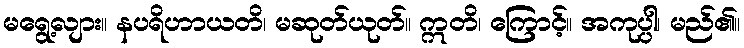
မရွေ့လျား။ နပရိဟာယတိ၊ မဆုတ်ယုတ်။ ဣတိ၊ ကြောင့်။ အကုပ္ပါ၊ မည်၏။